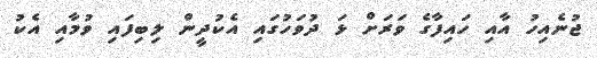
ޖުނެއިހު އާއި ހައިފާގެ ވަރަށް ޅަ ދުވަހުގައި އެކުދީން ލިބިފައި ވުމާއި އެކު